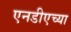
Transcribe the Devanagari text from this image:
एनडीएच्या